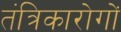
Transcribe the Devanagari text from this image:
तंत्रिकारोगों